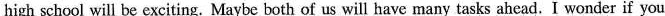
high school will be exciting. Maybe both of us will have many tasks ahead. I wonder if you